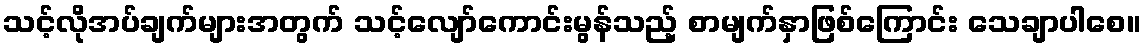
သင့်လိုအပ်ချက်များအတွက် သင့်လျော်ကောင်းမွန်သည့် စာမျက်နှာဖြစ်ကြောင်း သေချာပါစေ။